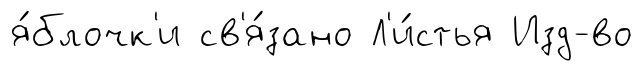
я́блочк'и св'я́зано Л'и́стья Изд-во